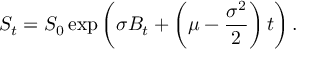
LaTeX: S _ { t } = S _ { 0 } \exp \left( \sigma B _ { t } + \left( \mu - { \frac { \sigma ^ { 2 } } { 2 } } \right) t \right) .